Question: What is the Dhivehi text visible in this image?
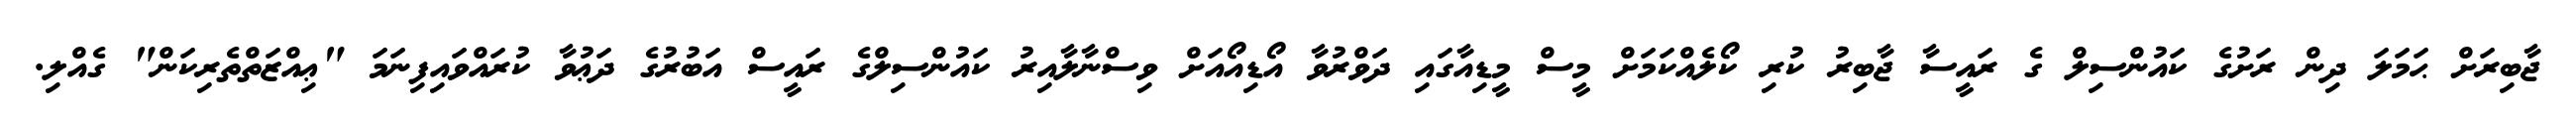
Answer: ޖާބިރަށް ޙަމަލަ ދިން ރަށުގެ ކައުންސިލް ގެ ރައީސާ ޖާބިރު ކުރި ކޯލެއްކަމަށް މީސް މީޑިއާގައި ދަވްރުވާ އޯޑިއޯއަށް ވިސްނާލާއިރު ކައުންސިލްގެ ރައީސް އަބުރުގެ ދަޢުވާ ކުރައްވައިފިނަމަ "ޢިއްޒަތްތެރިކަން" ގެއްލި.